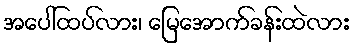
အပေါ်ထပ်လား၊ မြေအောက်ခန်းထဲလား